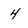
Character: 4